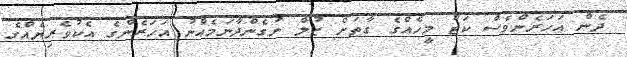
ދެން އަހަރެންވެސް ކަޓު މީހެއްގެ ގާތަށް ޒުލް ނުގެންދާނަމެއްނު އަހަރެންގެ އެކުވެރިޔެއްގެ